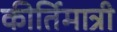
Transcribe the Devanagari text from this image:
कीर्तिमात्री